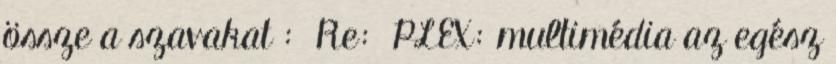
össze a szavakat : Re: PLEX: multimédia az egész